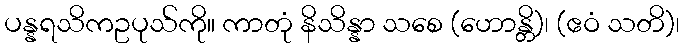
ပန္နရသိကဥပုသ်ကို။ ကာတုံ နိသိန္နာ သစေ (ဟောန္တိ)၊ (ဧဝံ သတိ)၊